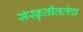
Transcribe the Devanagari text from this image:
संस्कृतीतलेच